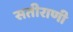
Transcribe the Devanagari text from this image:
सतीराणी